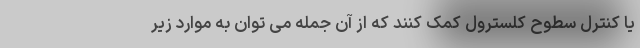
یا کنترل سطوح کلسترول کمک کنند که از آن جمله می توان به موارد زیر